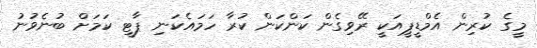
މީގެ ކުރިން އެމްޑީޕީއަކީ ރޭވިގެން ކަންކަން ކުރާ ހަމައެކަނި ޕާޓީ ކަމަށް ބުނެވުނު